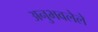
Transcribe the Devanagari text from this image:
अनुभवलेले